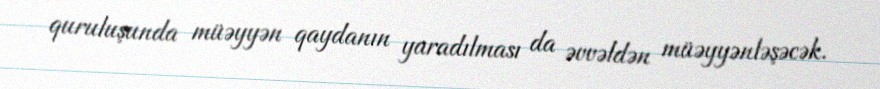
quruluşunda müəyyən qaydanın yaradılması da əvvəldən müəyyənləşəcək.